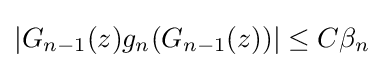
\left|G_{n-1}(z)g_{n}(G_{n-1}(z))\right|\leq C\beta _{n}